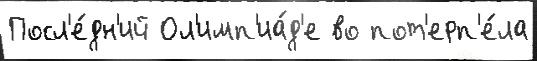
Посл'е́дн'ий Ол'имп'иа́д'е во пот'ерп'е́ла